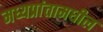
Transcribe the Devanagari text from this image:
मध्यप्रांतामधील